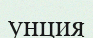
унция